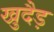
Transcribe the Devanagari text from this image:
खुदैड़